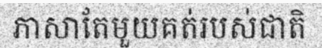
ភាសាតែមួយគត់របស់ជាតិ